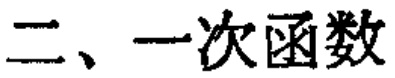
二、一次函数